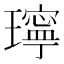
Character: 𤪥